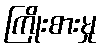
ကြိုးစားမှု